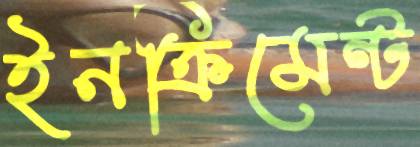
ইনক্রিমেন্ট